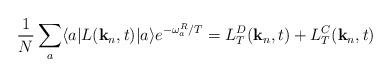
LaTeX: \begin{align*}\frac{1}{N}\sum_a \langle a | L({\bf k}_n,t) |a \rangle e^{-\omega^R_a/T}= L^D_T({\bf k}_n,t)+ L^C_T({\bf k}_n,t)\end{align*}